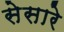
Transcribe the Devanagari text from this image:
सेसारे